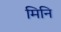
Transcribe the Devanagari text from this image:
मिनि